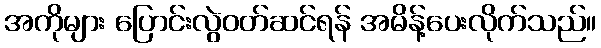
အကိုများ ပြောင်းလွဲဝတ်ဆင်ရန် အမိန့်ပေးလိုက်သည်။